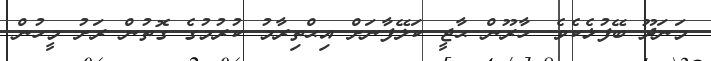
މަނަދޫ ބޭފުޅެކެވެ. ހާރޫން ޙާޖީ ކަލޭފާނަށް އިޙްތިރާމު ކުރުމުގެ ގޮތުން ރަށު މީހުން